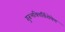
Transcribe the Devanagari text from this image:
गुरूभक्तिर्विशेषेण